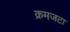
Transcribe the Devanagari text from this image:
क्रमजटा